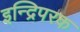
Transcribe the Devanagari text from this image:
इन्द्रिपरक